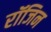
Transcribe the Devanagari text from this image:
रॉजिन